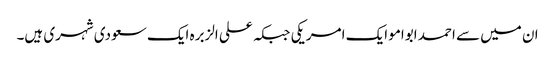
ان میں سے احمد ابوامو ایک امریکی جبکہ علی الزبرہ ایک سعودی شہری ہیں۔